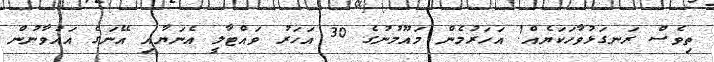
ތިވެސް ރަނގަޅުވާހަކަޔެއް! އަހަރުމެން މައޫމުނުގެ 30 އަހަރު ވައްޓާލީ އެނަޔާއި އޭނަގެ އައުވާނުން